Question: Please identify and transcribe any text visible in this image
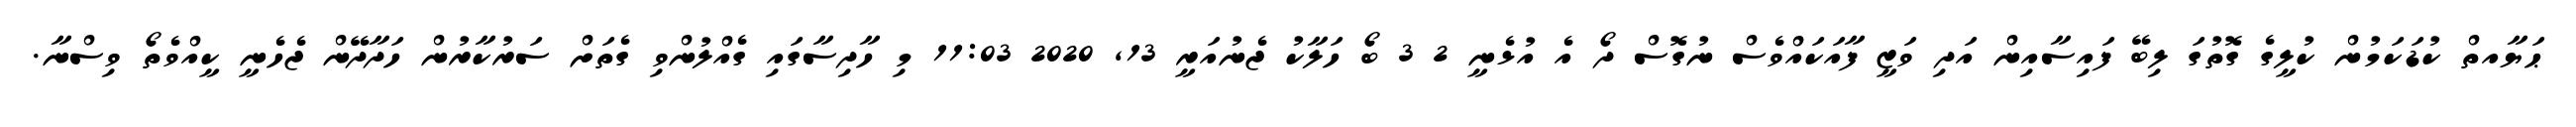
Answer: ޙަޔާއތް ކުޑަކަމުން ކުލީގެ ގޮތުގަ ލިބޭ ފައިސާއިން އަދި ވަޒީ ފާއަކައްވެސް ނުގޮސް ދޯ އެ އުޅެނީ 2 3 ބޯ ހަލާކު ޖެނުއަރީ 13, 2020 11:03 މި ހާދިސާގައި ގެއްލުންވި ގެތަށް ސަރުކާރުން ހަދާދޭން ޖެހެނީ ކީއްވެތޯ ވިސްނާ.